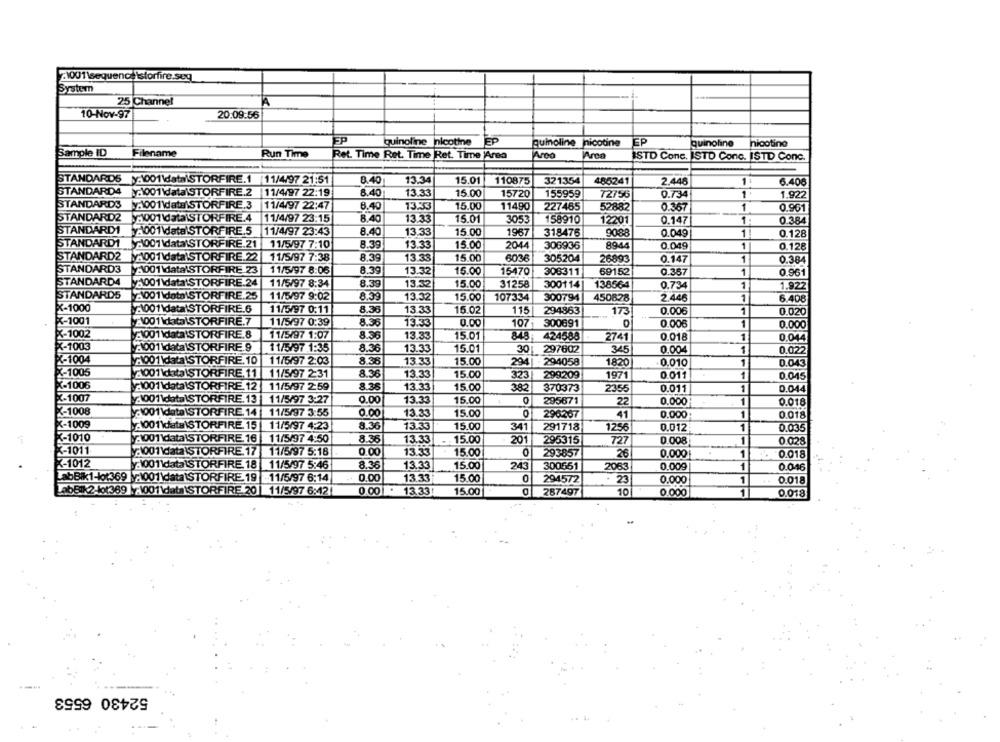
1001\sequenc \storfire.seg
System
25 Channel
10-Nov-97
20.09.56
FP
quinoline nicotine
EP
EP
quinoline nicotine
quinoline
nicotine
Sample ID
Filename
Run Time
Ret. Time Ret. Time Ret. Time 'Area
Arco
ISTD Conc. ISTD Conc. ISTD Conc.
STANDARDS y:1001\data\STORFIRE.1 11/4/97 21:51
8.40
13.34
15.01
110875
321354
485241
2.446
6.408
STANDARD4 Y.1001\data STORFIRE.2
11/4/97 22:19
8.40
13.33
15.00
15720
155959
0.734
1
1.922
72756
STANDARDS
My:1001\data STORFIRE.3
11/4/97 22:47
6.40
13.33
15.00
11490
227465
52882
0.367
1
0.961
-
STANDARD2
y1001\data STORFIRE.4
11/4/97 23:15
8.40
13.33
15.01
3053
158910
12201
0.147|
1
0.384
STANDARD1 :1001\data\STORFIRE.5
11/4/97 23:43
8.40
13.33
15.00
1967
318476
9088
0.049
1!
0.128
STANDARD1
-001\data\STORFIRE.21
11/5/97 7:10
8.39
13.33
15.00
2044
306936
8944
0.049
1
0.128
STANDARD2
M1001\data\STORFIRE.22
11/5/97 7:38
8.39
13.33
15.00
6036
305204
26893
0.147
1
0.384
STANDARD3
2001\data STORFIRE 23
11/5/97 8:06
8.39
13.32
15.00
15470
308311
69152
0.357
1
0.961
STANDARD4
2001\data\STORFIRE.24
11/5/97 8:34
8.39
13.32
15.00
31258
300114
138564
0.734
1
1.922
STANDARDS
A001\data\STORFIRE.25
11/5/97 9:02
8.39
13.32
2.446
1
15.00
107334
300794
450828
6.408
X-1000
1001\data\STORFIRE.6
11/5/97 0:11
8.38
13.33
15.02
115
294863
173
0.006
1
0.020
X-1001
1001 \data\STORFIRE.7
11/5/97 0:39
8.36
13.33
0.00
107
300691
0.006
1
0.000
X-1002
11/5/97 1:07
:1001 \data\STORFIRE.8
8.36
13.33
15.01
848
424588
2741
0.018
1
0.044
X-1003
2001 \data\STORFIRE.9
11/5/97 1:35
8.36
13.33
15.01
297602
345
0.004
1
0.022
30
K-1004
-1001\data\STORFIRE.10
11/5/97 2:03
8.38
13.33
15.00
294| - 294058
1820
0,010
1
0.043
X-1005
2001\data\STORFIRE.11
11/5/97 2:31
8.36
13.33
15.00
323
299209
1971
0.011
1
0.045
X-1006
11/5/97 2:59
13.33
001\data\STORFIRE. 12
8.36
15.00
382
370373
2355
0.011
1
0.044
Z-1007
:1001\data\STORFIRE. 13
11/5/97 3:27
0.00
13.33
15.00
0
295671
27
0.000
1
0.018
X-1008
001 \data\STORFIRE. 14
11/5/97 3:55
0.00
13.33
15.00
296267
41
0.000:
1
0.018
X-1009
: 001\data\STORFIRE 15
11/5/97 4:23
8.36
13.33
15.00
341
291718
1256
0.012
1
0.035
3-1010
001\data\STORFIRE. 16
11/5/97 4:50
8.36
13.33
15.00
201
295315
727
0 008
1
0.028
3-1011
:001\data STORFIRE. 17 11/5/97 5:18
0.00
13.33
15.00
0
293857
26
1
0.018
0.000
3-1012
1001\data STORFIRE 18
11/5/97 5:46
8.36
13.33
15.00
243
300551
2063
0.009
1
0.046
LabBik1-101369 -1001\data\STORFIRE.19
11/5/97 6:14
0.00
13.33
15.00
0
294572
= 23
0.000
1
0.018
LnbBik2-101369 1001\data\STORFIRE 20
11/5/97 6:421
0.00 . 13.33
15.00
287497
10
0.000
1
0.018
52430 6553